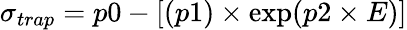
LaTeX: \sigma_{trap}=p0-[(p1)\times\exp(p2\times E)]